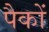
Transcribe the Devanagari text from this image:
पैकों